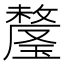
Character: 𬎕